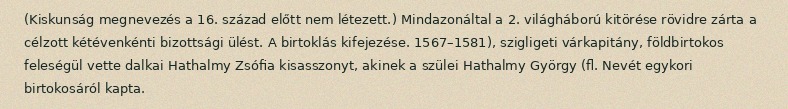
(Kiskunság megnevezés a 16. század előtt nem létezett.) Mindazonáltal a 2. világháború kitörése rövidre zárta a célzott kétévenkénti bizottsági ülést. A birtoklás kifejezése. 1567–1581), szigligeti várkapitány, földbirtokos feleségül vette dalkai Hathalmy Zsófia kisasszonyt, akinek a szülei Hathalmy György (fl. Nevét egykori birtokosáról kapta.